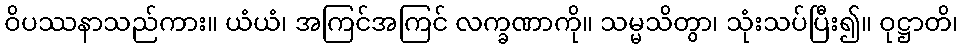
ဝိပဿနာသည်ကား။ ယံယံ၊ အကြင်အကြင် လက္ခဏာကို။ သမ္မသိတွာ၊ သုံးသပ်ပြီး၍။ ဝုဋ္ဌာတိ၊